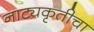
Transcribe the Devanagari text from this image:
नाट्यकृतीचा